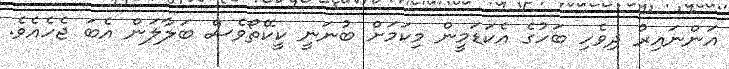
އަންނައިރު ދިވެހި ބަހުގެ އެކަޑަމީން މިކަމަށް ބުނަނީ ކީކޭތޯވެސް ބަލާލަން އެބަ ޖެހެއެވެ.